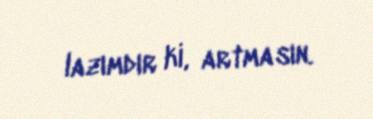
lazımdır ki, artmasın.